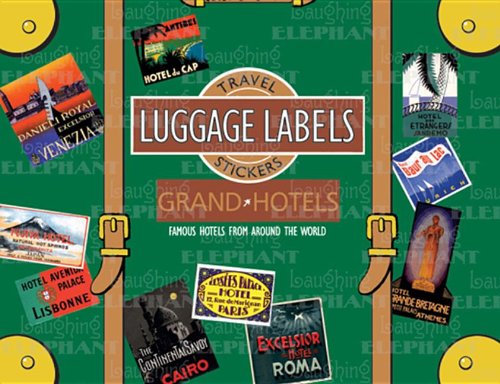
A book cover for Grand Hotels Luggage Labels (Travel Stickers); Travel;